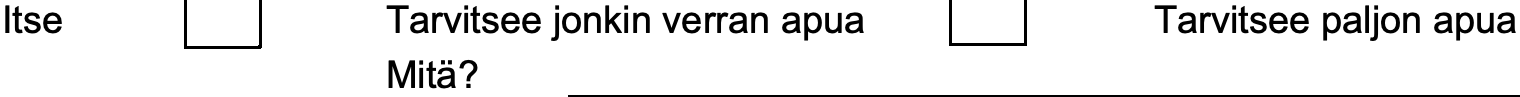
Itse         Tarvitsee jonkin verran apua Tarvitsee paljon apua Mitä?